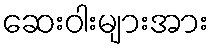
ဆေးဝါးများအား